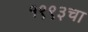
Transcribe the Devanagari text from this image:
१९९३चा